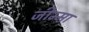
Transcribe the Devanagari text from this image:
जीम्मा